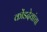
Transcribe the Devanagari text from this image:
कोंडदेवांचा